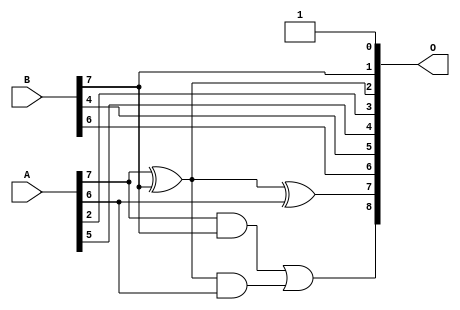
/***
* This code is a part of EvoApproxLib library (ehw.fit.vutbr.cz/approxlib) distributed under The MIT License.
* When used, please cite the following article(s): PRABAKARAN B. S., MRAZEK V., VASICEK Z., SEKANINA L., SHAFIQUE M. ApproxFPGAs: Embracing ASIC-based Approximate Arithmetic Components for FPGA-Based Systems. DAC 2020. 
***/
// MAE% = 6.48 %
// MAE = 33 
// WCE% = 17.77 %
// WCE = 91 
// WCRE% = 125.00 %
// EP% = 99.22 %
// MRE% = 16.90 %
// MSE = 1520 
// FPGA_POWER = 0.28
// FPGA_DELAY = 5.8
// FPGA_LUT = 2.0


module add8u_06S(A, B, O);
  input [7:0] A, B;
  output [8:0] O;
  wire sig_49, sig_50;
  assign O[0] = 1'b1;
  assign O[2] = A[7] ^ B[7];
  assign sig_49 = A[7] & B[7];
  assign sig_50 = O[2] & A[6];
  assign O[7] = O[2] ^ A[6];
  assign O[8] = sig_49 | sig_50;
  assign O[1] = B[7];
  assign O[3] = A[2];
  assign O[4] = A[5];
  assign O[5] = B[4];
  assign O[6] = B[6];
endmodule